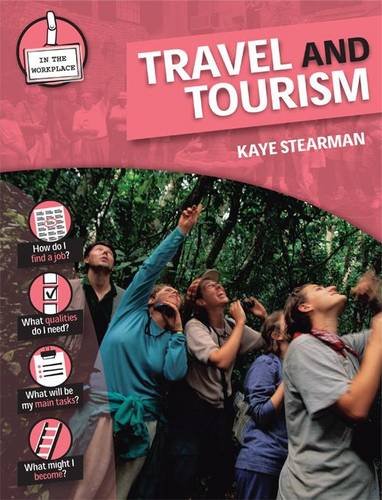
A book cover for Travel and Tourism (In the Workplace); Kaye Stearman; Teen & Young Adult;